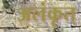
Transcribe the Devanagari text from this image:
अलंकृत्‌